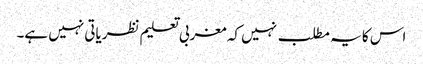
اس کا یہ مطلب نہیں کہ مغربی تعلیم نظریاتی نہیں ہے۔